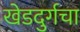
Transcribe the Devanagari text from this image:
खेडदुर्गचा